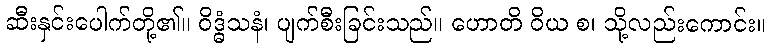
ဆီးနှင်းပေါက်တို့၏။ ဝိဒ္ဓံသနံ၊ ပျက်စီးခြင်းသည်။ ဟောတိ ဝိယ စ၊ သို့လည်းကောင်း။